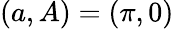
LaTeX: (a,A)=(\pi,0)